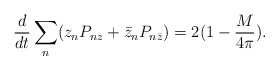
\begin{align*}\frac{d}{dt}\sum_n (z_n P_{nz} + \bar z_n P_{n \bar z})=2(1-\frac{M}{4\pi}).\end{align*}